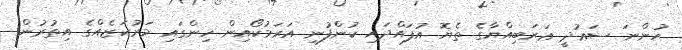
ހުންނަ ސަޢުދީ ޢަރަބިއްޔާގެ ތެޔޮ އުފައްދައި ކުންފުނި އަރަމުކޯއިން ހިންގައި މަރުކަޒެއްގެ އިތުރުން